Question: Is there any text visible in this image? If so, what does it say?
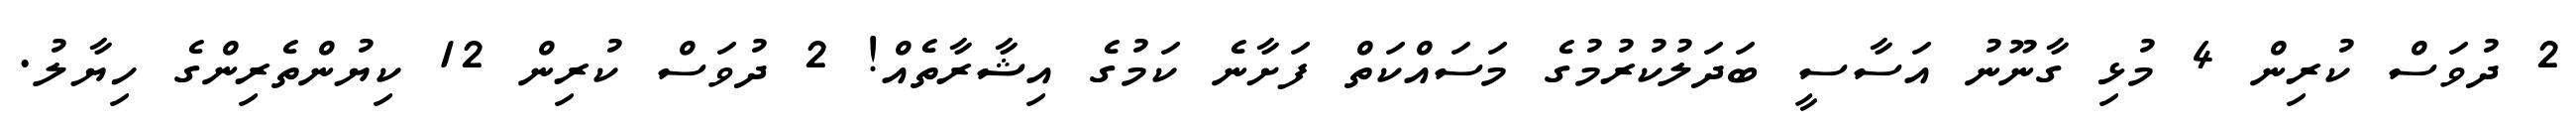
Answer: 2 ދުވަސް ކުރިން 4 މުޅި ގާނޫނު އަސާސީ ބަދަލުކުރުމުގެ މަސައްކަތް ފަށާނެ ކަމުގެ އިޝާރާތެއް! 2 ދުވަސް ކުރިން 12 ކިޔުންތެރިންގެ ހިޔާލު.